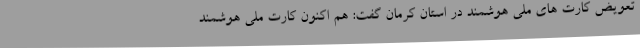
تعویض کارت های ملی هوشمند در استان کرمان گفت: هم اکنون کارت ملی هوشمند